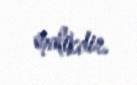
malikdir.